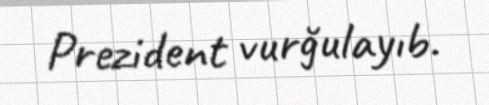
Prezident vurğulayıb.